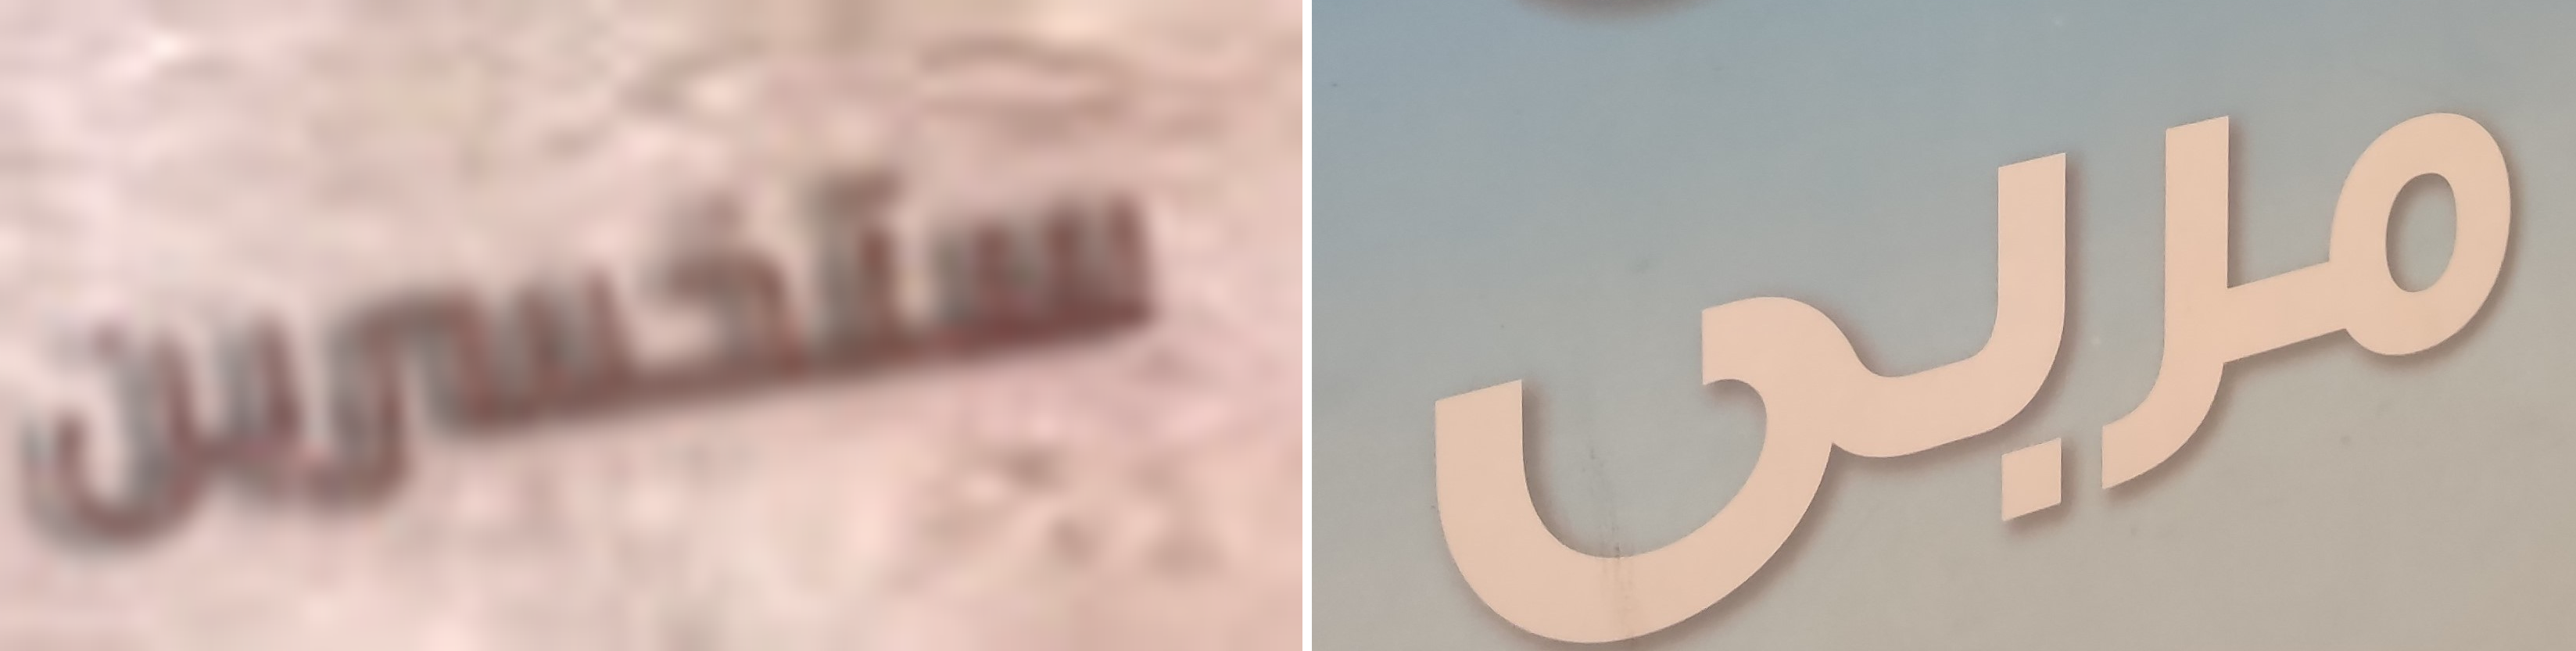
ستخسرين مربى